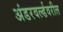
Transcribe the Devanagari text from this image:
अंडरवर्ल्डवरील